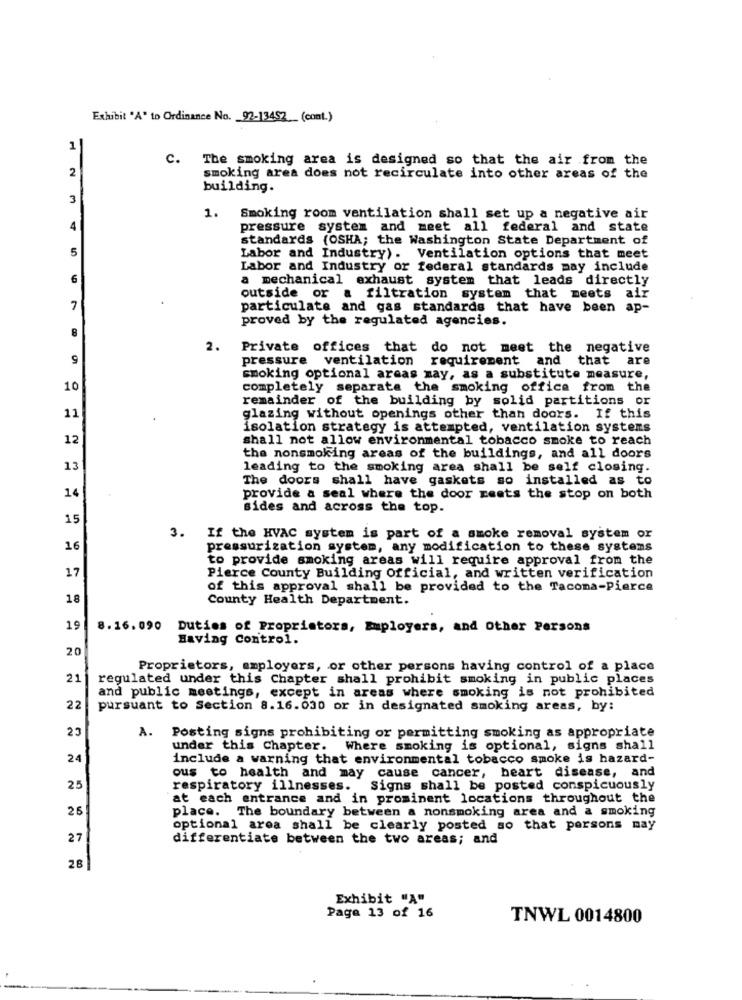
Exhibit "A" to Ordinance No. 92-13452 (cont.)
1
C. The smoking area is designed so that the air from the
2
smoking area does not recirculate into other areas of the
building.
3
1.
Smoking room ventilation shall set up a negative air
4|
pressure system and meet all federal and state
standards (OSHA; the Washington State Department of
5
Labor and Industry). Ventilation options that meet
Labor and Industry or federal standards may include
6
a mechanical exhaust system that leads directly
outside or a filtration system that meets air
7
particulate and gas standards that have been ap-
proved by the regulated agencies.
2.
Private offices that do not meet the negative
9
pressure ventilation requirement and that are
smoking optional areas may, as a substitute measure,
10
completely separate the smoking office from the
remainder of the building by solid partitions or
11
glazing without openings other than doors. If this
isolation strategy is attempted, ventilation systems
12
shall not allow environmental tobacco smoke to reach
the nonsmoking areas of the buildings, and all doors
13
leading to the smoking area shall be self closing.
The doors shall have gaskets so installed as to
14
provide a seal where the door meets the stop on both
sides and across the top.
15
3. If the HVAC system is part of a smoke removal system or
16
pressurization system, any modification to these systems
to provide smoking areas will require approval from the
17
Pierce County Building Official, and written verification
of this approval shall be provided to the Tacoma-Pierce
18
County Health Department.
19
8.16. 090 Duties of Proprietors, Employers, and Other Persons
Having Control.
20
Proprietors, employers, or other persons having control of a place
21
regulated under this Chapter shall prohibit smoking in public places
and public meetings, except in areas where smoking is not prohibited
22
pursuant to Section 8.16.030 or in designated smoking areas, by:
25
A. Posting signs prohibiting or permitting smoking as appropriate
under this Chapter. Where smoking is optional, signs shall
24
include a warning that environmental tobacco smoke is hazard-
ous to health and may cause cancer, heart disease, and
25
respiratory illnesses. Signs shall be posted conspicuously
at each entrance and in prominent locations throughout the
26
place. The boundary between a nonsmoking area and a smoking
optional area shall be clearly posted so that parsons may
27
differentiate between the two areas; and
28
Exhibit "A"
Page 13 of 16
TNWL 0014800